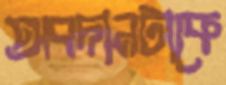
অবদানটাকে